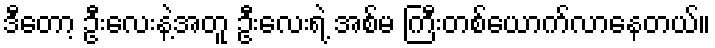
ဒီတော့ ဦးလေးနဲ့အတူ ဦးလေးရဲ့ အစ်မ ကြီးတစ်ယောက်လာနေတယ်။